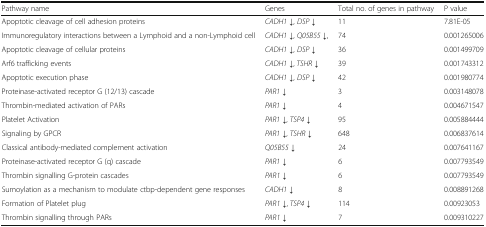
| Pathway name | Genes | Total no. of genes in pathway | P value |
 | --- | --- | --- | --- |
 | Apoptotic cleavage of cell adhesion proteins | CADH1 ↓, DSP ↓ | 11 | 7.81E-05 |
 | Immunoregulatory interactions between a Lymphoid and a non-Lymphoid cell | CADH1 ↓, Q05B55 ↓, | 74 | 0.001265006 |
 | Apoptotic cleavage of cellular proteins | CADH1 ↓, DSP ↓ | 36 | 0.001499709 |
 | Arf6 trafficking events | CADH1 ↓, TSHR ↓ | 39 | 0.001743312 |
 | Apoptotic execution phase | CADH1 ↓, DSP ↓ | 42 | 0.001980774 |
 | Proteinase-activated receptor G (12/13) cascade | PAR1 ↓ | 3 | 0.003148078 |
 | Thrombin-mediated activation of PARs | PAR1 ↓ | 4 | 0.004671547 |
 | Platelet Activation | PAR1 ↓, TSP4 ↓ | 95 | 0.005884444 |
 | Signaling by GPCR | PAR1 ↓, TSHR ↓ | 648 | 0.006837614 |
 | Classical antibody-mediated complement activation | Q05B55 ↓ | 24 | 0.007641167 |
 | Proteinase-activated receptor G (q) cascade | PAR1 ↓ | 6 | 0.007793549 |
 | Thrombin signalling G-protein cascades | PAR1 ↓ | 6 | 0.007793549 |
 | Sumoylation as a mechanism to modulate ctbp-dependent gene responses | CADH1 ↓ | 8 | 0.008891268 |
 | Formation of Platelet plug | PAR1 ↓, TSP4 ↓ | 114 | 0.00923053 |
 | Thrombin signalling through PARs | PAR1 ↓ | 7 | 0.009310227 |